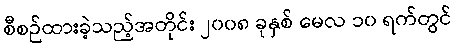
စီစဉ်ထားခဲ့သည့်အတိုင်း ၂၀၀၈ ခုနှစ် မေလ ၁၀ ရက်တွင်